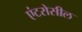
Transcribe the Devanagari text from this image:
एंटरोसील